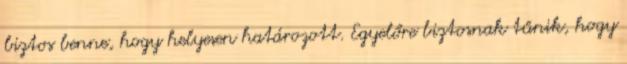
biztos benne, hogy helyesen határozott. Egyelőre biztosnak tűnik, hogy